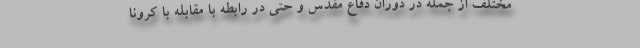
مختلف از جمله در دوران دفاع مقدس و حتی در رابطه با مقابله با کرونا